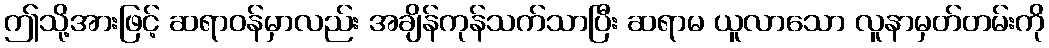
ဤသို့အားဖြင့် ဆရာဝန်မှာလည်း အချိန်ကုန်သက်သာပြီး ဆရာမ ယူလာသော လူနာမှတ်တမ်းကို